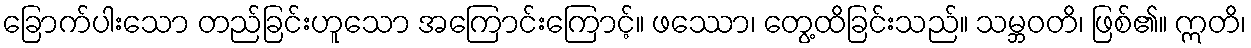
ခြောက်ပါးသော တည်ခြင်းဟူသော အကြောင်းကြောင့်။ ဖဿော၊ တွေ့ထိခြင်းသည်။ သမ္ဘဝတိ၊ ဖြစ်၏။ ဣတိ၊